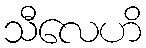
သီလေဟိ